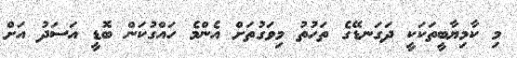
މި ކާމިޔާބީތަކަކީ ދަގަނޑޭގެ ތަހުތު މިވަގުތަށް އެންމެ ހައްގުކަން ބޮޑީ އަސަދު އަށް